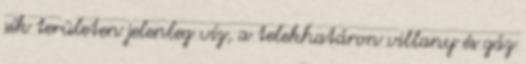
sík területen jelenleg víz, a telekhatáron villany és gáz